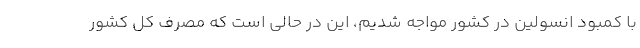
با كمبود انسولین در كشور مواجه شدیم، این در حالی است كه مصرف كل كشور